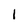
Character: I